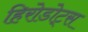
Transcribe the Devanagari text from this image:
हिरोडोट्स